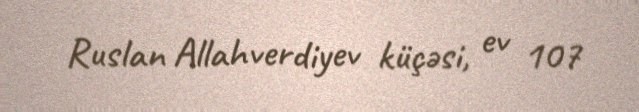
Ruslan Allahverdiyev küçəsi, ev 107